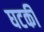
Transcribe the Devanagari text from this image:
घटकी